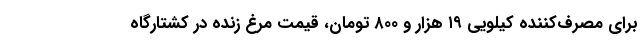
برای مصرف‌کننده کیلویی ۱۹ هزار و ۸۰۰ تومان، قیمت مرغ زنده در کشتارگاه